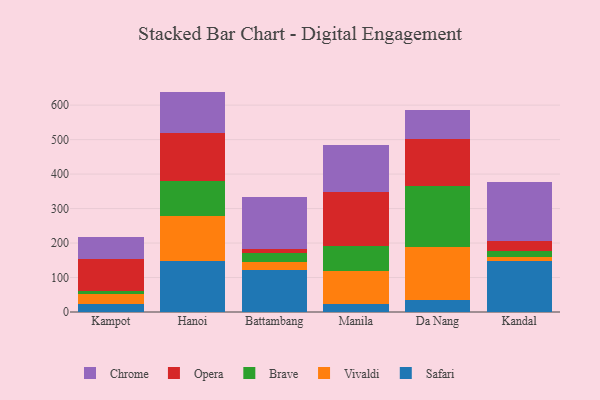
{"axis": {"x": "City", "y": "Demand Index"}, "legend": ["Brave", "Chrome", "Opera", "Safari", "Vivaldi"], "data": [{"x": "Kampot", "y": 22.6, "type": "Safari"}, {"x": "Kampot", "y": 28.9, "type": "Vivaldi"}, {"x": "Kampot", "y": 8.6, "type": "Brave"}, {"x": "Kampot", "y": 92.6, "type": "Opera"}, {"x": "Kampot", "y": 65.8, "type": "Chrome"}, {"x": "Hanoi", "y": 148.4, "type": "Safari"}, {"x": "Hanoi", "y": 130.3, "type": "Vivaldi"}, {"x": "Hanoi", "y": 100.1, "type": "Brave"}, {"x": "Hanoi", "y": 139.0, "type": "Opera"}, {"x": "Hanoi", "y": 121.4, "type": "Chrome"}, {"x": "Battambang", "y": 121.0, "type": "Safari"}, {"x": "Battambang", "y": 23.6, "type": "Vivaldi"}, {"x": "Battambang", "y": 27.0, "type": "Brave"}, {"x": "Battambang", "y": 11.8, "type": "Opera"}, {"x": "Battambang", "y": 150.8, "type": "Chrome"}, {"x": "Manila", "y": 24.3, "type": "Safari"}, {"x": "Manila", "y": 94.4, "type": "Vivaldi"}, {"x": "Manila", "y": 72.5, "type": "Brave"}, {"x": "Manila", "y": 156.6, "type": "Opera"}, {"x": "Manila", "y": 136.2, "type": "Chrome"}, {"x": "Da Nang", "y": 34.9, "type": "Safari"}, {"x": "Da Nang", "y": 152.4, "type": "Vivaldi"}, {"x": "Da Nang", "y": 179.0, "type": "Brave"}, {"x": "Da Nang", "y": 135.7, "type": "Opera"}, {"x": "Da Nang", "y": 82.8, "type": "Chrome"}, {"x": "Kandal", "y": 149.0, "type": "Safari"}, {"x": "Kandal", "y": 9.7, "type": "Vivaldi"}, {"x": "Kandal", "y": 18.0, "type": "Brave"}, {"x": "Kandal", "y": 29.1, "type": "Opera"}, {"x": "Kandal", "y": 170.8, "type": "Chrome"}]}